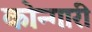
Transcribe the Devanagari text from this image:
कोन्गारी